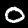
Digit: 0